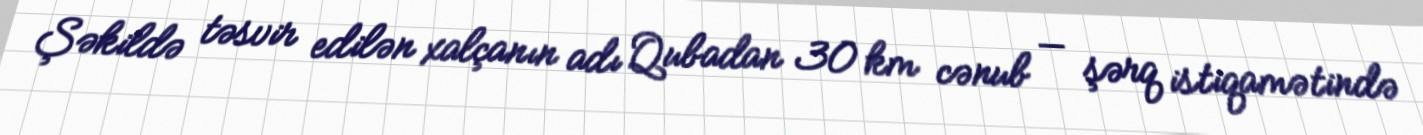
Şəkildə təsvir edilən xalçanın adı Qubadan 30 km cənub — şərq istiqamətində